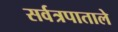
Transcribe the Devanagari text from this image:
सर्वत्रपाताले